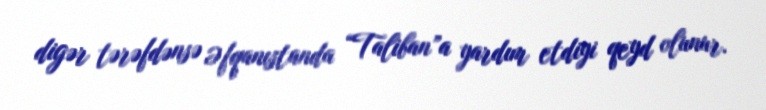
digər tərəfdənsə Əfqanıstanda “Taliban”a yardım etdiyi qeyd olunur.